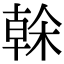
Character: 榦